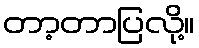
တာ့တာပြလို့။